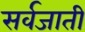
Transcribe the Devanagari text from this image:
सर्वजाती